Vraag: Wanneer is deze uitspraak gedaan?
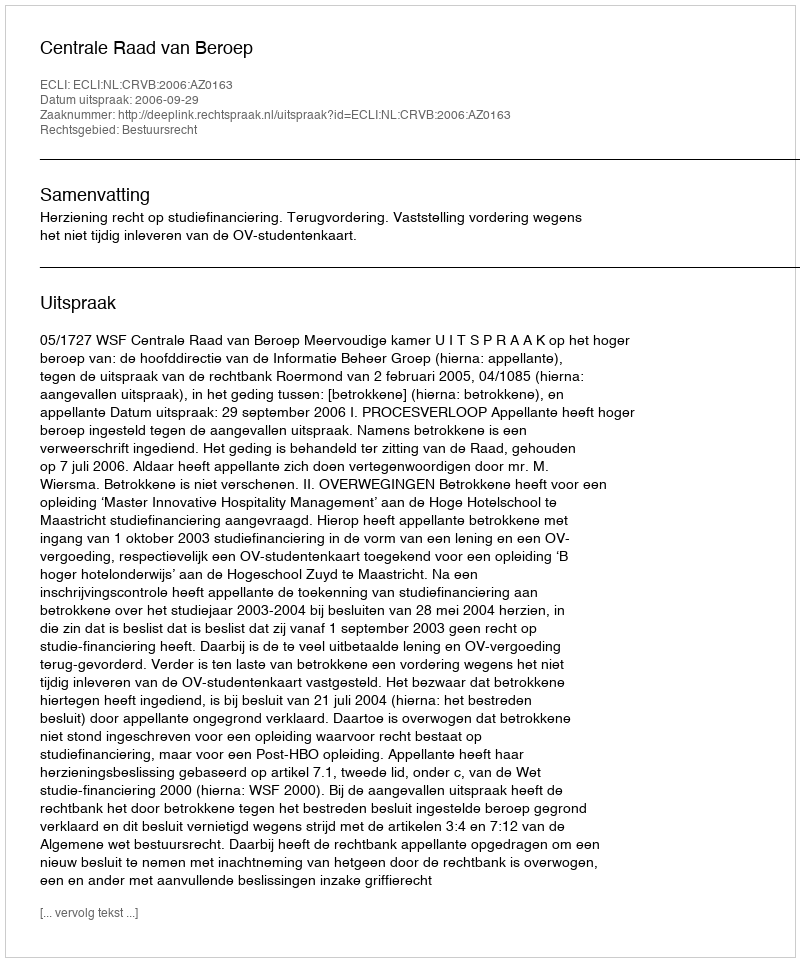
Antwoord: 2006-09-29